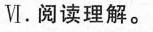
Ⅵ.阅读理解.